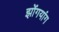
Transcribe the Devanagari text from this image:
झोंगयांग